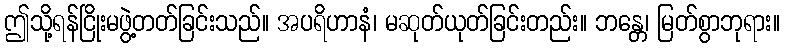
ဤသို့ရန်ငြိုးမဖွဲ့တတ်ခြင်းသည်။ အပရိဟာနံ၊ မဆုတ်ယုတ်ခြင်းတည်း။ ဘန္တေ၊ မြတ်စွာဘုရား။